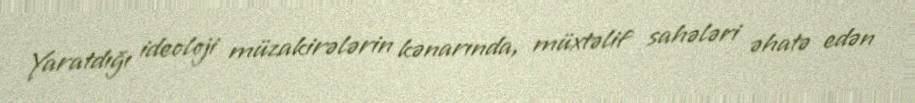
Yaratdığı ideoloji müzakirələrin kənarında, müxtəlif sahələri əhatə edən